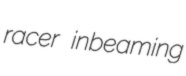
racer inbeaming